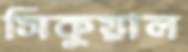
সিকুয়াল